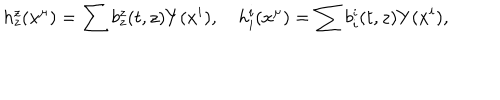
{ h _ { z } ^ { z } } ( x ^ { \mu } ) = \sum { b _ { z } ^ { z } } ( t , z ) Y ( x ^ { i } ) , \quad { h _ { i } ^ { i } } ( x ^ { \mu } ) = \sum b _ { i } ^ { i } ( t , z ) Y ( x ^ { i } ) ,